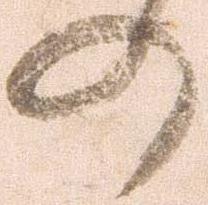
の